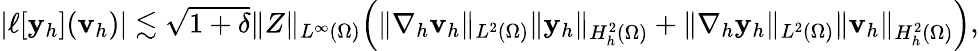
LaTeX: \begin{array}{r}{|\ell[{\mathbf{y}_{h}}](\mathbf{v}_{h})|\lesssim\sqrt{1+\delta}\| Z\| _{L^{\infty}(\Omega)}\Big(\| \nabla_{h}\mathbf{v}_{h}\| _{L^{2}(\Omega)}\| {\mathbf{y}_{h}}\| _{H_{h}^{2}(\Omega)}+\| \nabla_{h}{\mathbf{y}_{h}}\| _{L^{2}(\Omega)}\| \mathbf{v}_{h}\| _{H_{h}^{2}(\Omega)}\Big),}\end{array}